Elephants and their diseases
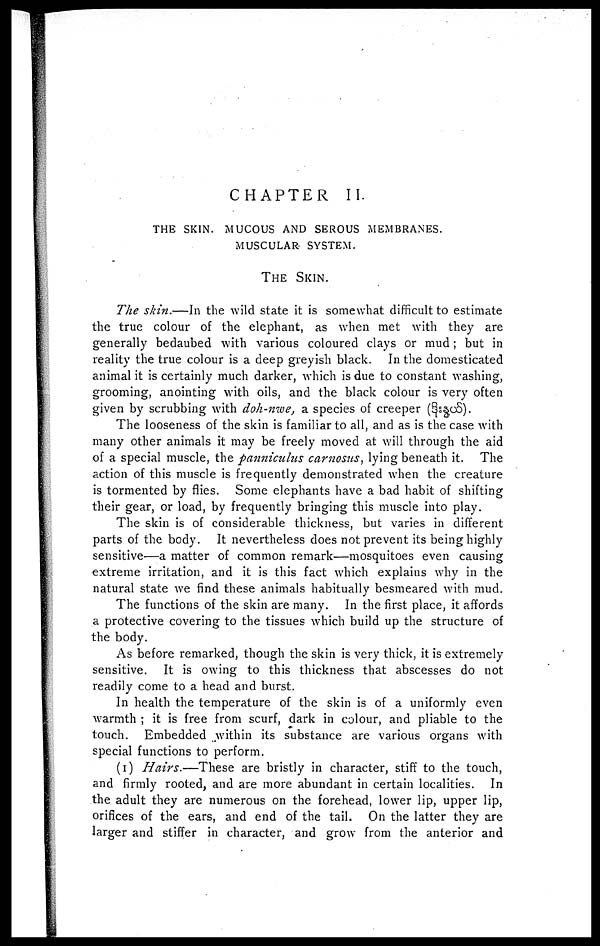
CHAPTER II.
THE SKIN, MUCOUS AND SEROUS MEMBRANES.
MUSCULAR
SYSTEM.
THE SKIN.
The skin.—In the wild state it is somewhat difficult to estimate
the true colour of the elephant, as when met with they are
generally bedaubed with various coloured clays or mud; but in
reality the true colour is a deep greyish black. In the domesticated
animal it is certainly much darker, which is due to constant washing,
grooming, anointing with oils, and the black colour is very often
given by scrubbing with doh-nwe, a species of creeper (
).
The looseness of the skin is familiar to all, and as is the case with
many other animals it may be freely moved at will through the aid
of a special muscle, the panniculus carnosus, lying beneath it. The
action of this muscle is frequently demonstrated when the creature
is tormented by flies. Some elephants have a bad habit of shifting
their gear, or load, by frequently bringing this muscle into play.
The skin is of considerable thickness, but varies in different
parts of the body. It nevertheless does not prevent its being highly
sensitive—a matter of common remark—mosquitoes even causing
extreme irritation, and it is this fact which explains why in the
natural state we find these animals habitually besmeared with mud.
The functions of the skin are many. In the first place, it affords
a protective covering to the tissues which build up the structure of
the body.
As before remarked, though the skin is very thick, it is extremely
sensitive. It is owing to this thickness that abscesses do not
readily come to a head and burst.
In health the temperature of the skin is of a uniformly even
warmth ; it is free from scurf, dark in colour, and pliable to the
touch. Embedded within its substance are various organs with
special functions to perform.
(1) Hairs.—These
are bristly in character, stiff to the touch,
and firmly rooted, and are more abundant in certain localities. In
the adult they are numerous on the forehead, lower lip, upper lip,
orifices of the ears, and end of the tail. On the latter they are
larger and stiffer in character, and grow from the anterior and